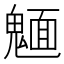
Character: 𩳾